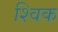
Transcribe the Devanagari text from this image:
श्विक